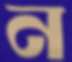
ন